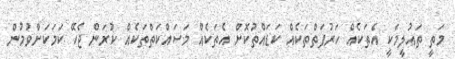
މަތީ ތަޢުލީމަކީ އެތަކެއް ހަރުފަތްތަކެއް ކަޑައްތުކޮށް އެތަކެއް މަސައްކަތްތަކެއް ކުރަން ޖެހޭ ކަމަކަށްވުމުން